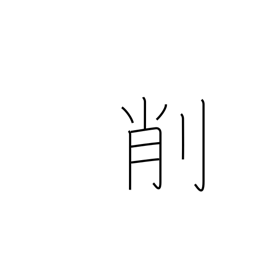
Meaning: whittle